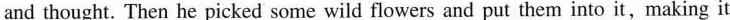
and thought. Then he picked some wild flowers and put them into it,making it